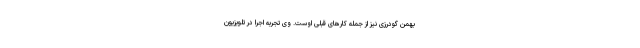
بهمن گودرزی نیز از جمله کارهای قبلی اوست. وی تجربه اجرا در تلویزیون